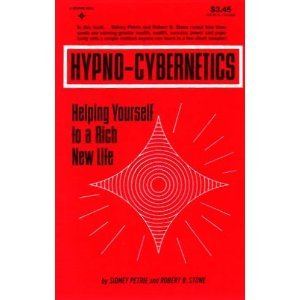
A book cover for Hypno-Cybernetics: Helping Yourself to a Rich New Life; Sidney Petrie and Robert B. Stone; Computers & Technology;